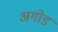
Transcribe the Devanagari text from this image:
अगोड